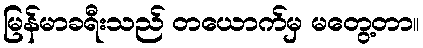
မြန်မာခရီးသည် တယောက်မှ မတွေ့တာ။